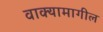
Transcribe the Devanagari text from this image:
वाक्यामागील